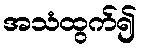
အသံထွက်၍